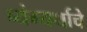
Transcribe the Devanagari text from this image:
व्यंग्यर्थाचे